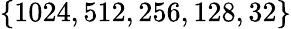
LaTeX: \{ 1024,512,256,128,32\}